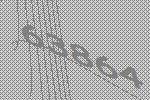
63864